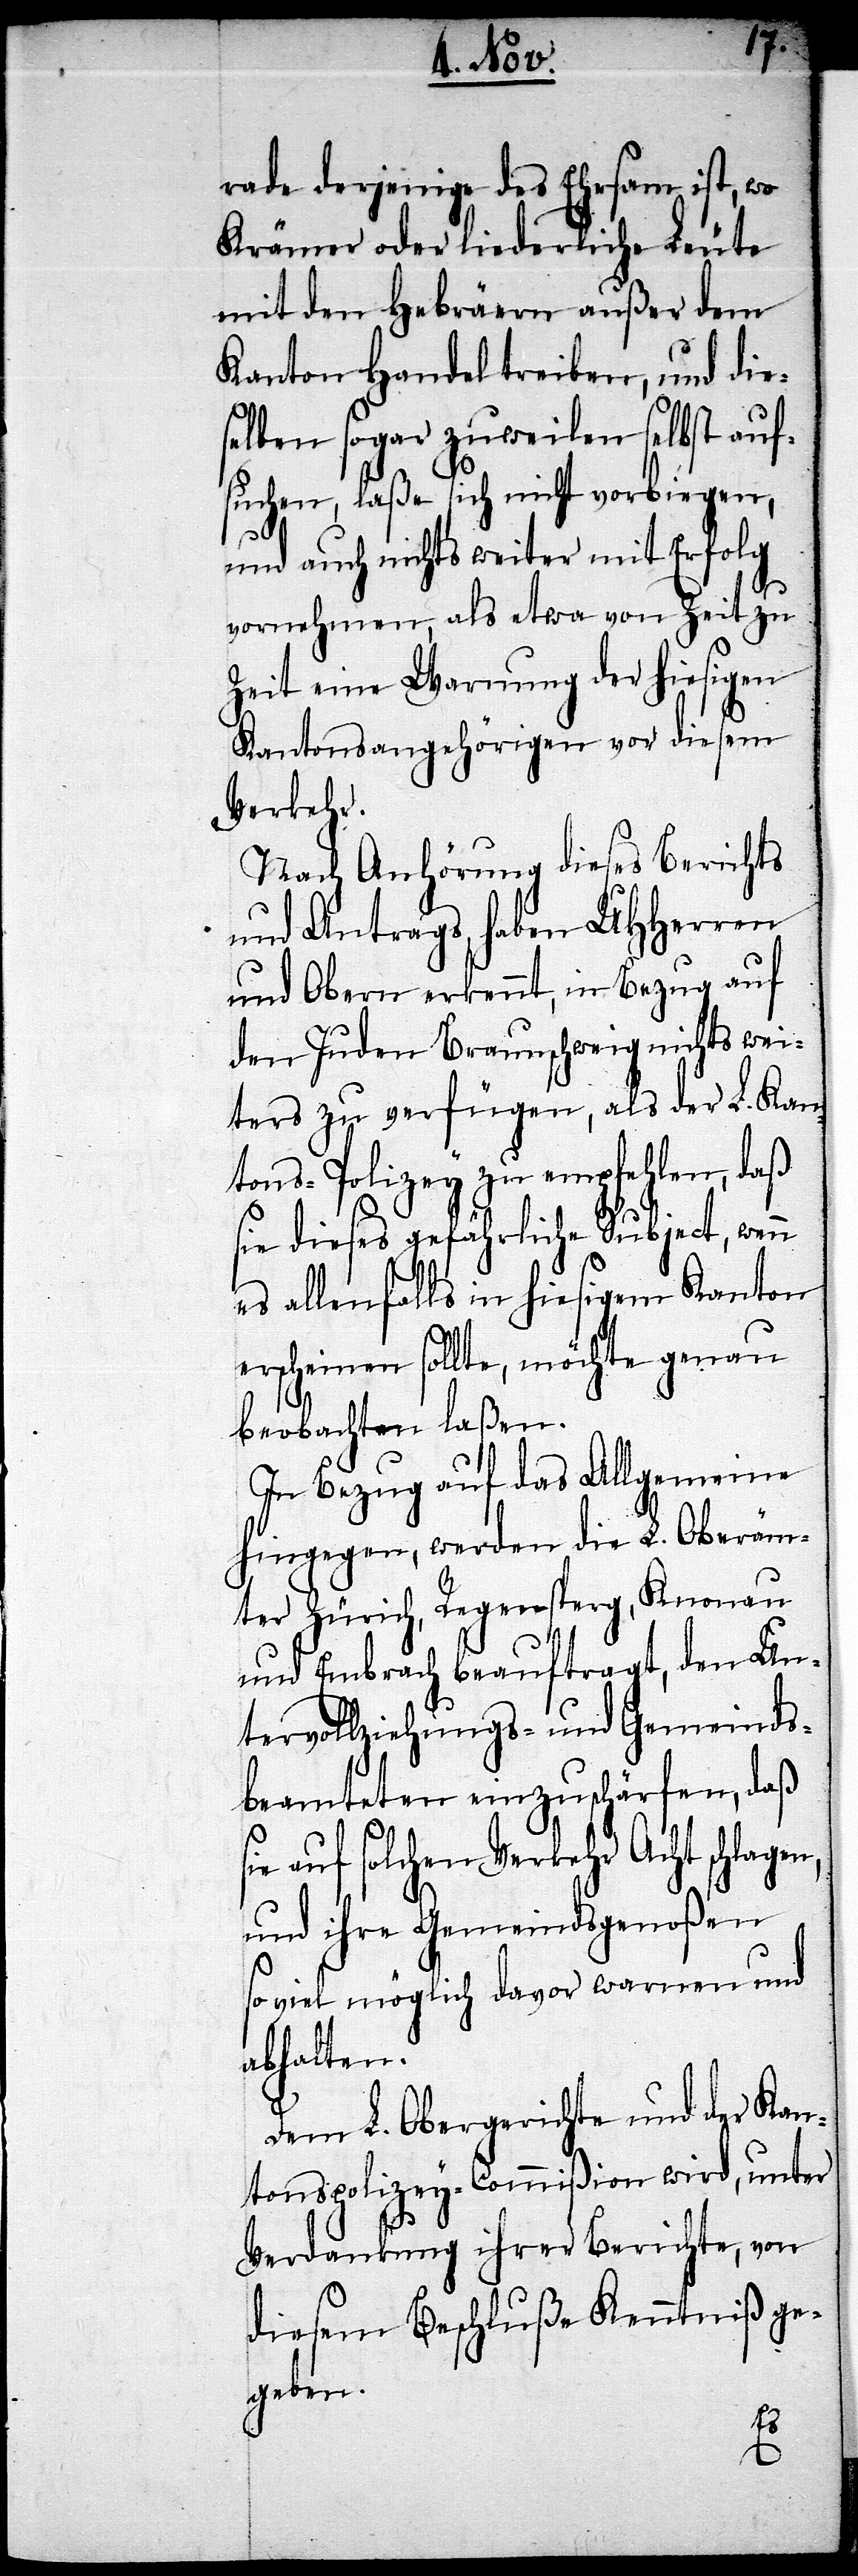
rade derjenige des Ehrsam ist, wo
Krämer oder liederliche Leute
mit den Hebräern außer dem
Kanton Handel treiben, und die¬
selben sogar zuweilen selbst auf¬
suchen, laße sich nicht vorbiegen,
und auch nichts weiter mit Erfolg
vornehmen, als etwas von Zeit zu
Zeit eine Warnung der hiesigen
Kantonsangehörigen vor diesem
Verkehr.
Nach Anhörung dieses Berichts
und Antrags haben UHHerren
und Obern erkennt, in Bezug auf
den Juden Braunschweig nichts wei¬
ters zu verfügen, als der L. Kan¬
tons-Polizey zu empfehlen, daß
sie dieses gefährliche Subject, wenn
es allenfalls in hiesigem Kanton
erscheinen sollte, möchte genau
beobachten laßen.
In Bezug auf das Allgemeine
hingegen, werden die L. Oberäm¬
ter Zürich, Regensperg, Knonau
und Embrach beauftragt, den Un¬
tervollziehungs- und Gemeinds¬
beamteten einzuschärfen, daß
auf solchen Verkehr Acht schlagen,
und ihre Gemeindsgenoßen
so viel möglich davor warnen und
abhalten.
Dem L. Obergericht und der Kan¬
tonspolizey-Commißion wird, unter
Verdankung ihrer Berichte, von
diesem Beschluße Kenntniß ge¬
geben.